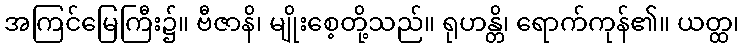
အကြင်မြေကြီး၌။ ဗီဇာနိ၊ မျိုးစေ့တို့သည်။ ရုဟန္တိ၊ ရောက်ကုန်၏။ ယတ္ထ၊